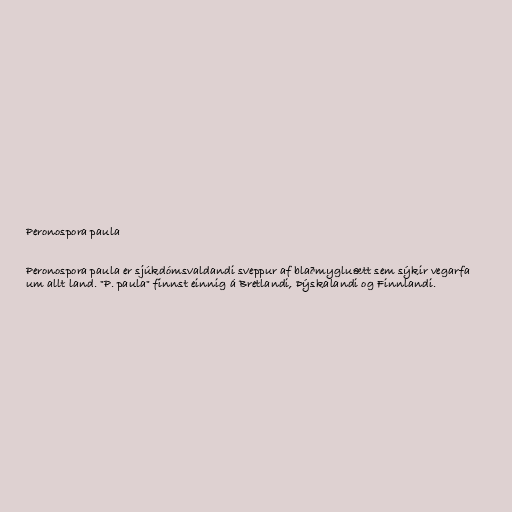
Peronospora paula

Peronospora paula er sjúkdómsvaldandi sveppur af blaðmygluætt sem sýkir vegarfa
um allt land. "P. paula" finnst einnig á Bretlandi, Þýskalandi og Finnlandi.